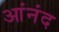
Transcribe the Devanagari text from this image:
आंनंद